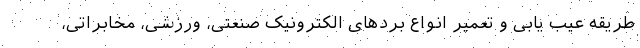
طریقه عیب یابی و تعمیر انواع بردهای الکترونیک صنعتی، ورزشی، مخابراتی،